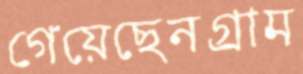
গেয়েছেনগ্রাম